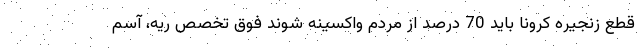
قطع زنجیره کرونا باید 70 درصد از مردم واکسینه شوند فوق تخصص ریه، آسم